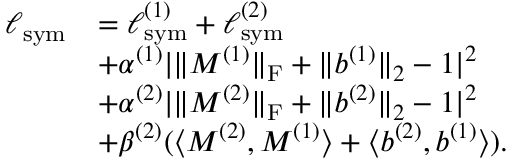
\begin{array} { r l } { \ell _ { \mathrm { s y m } } } & { = \ell _ { \mathrm { s y m } } ^ { ( 1 ) } + \ell _ { \mathrm { s y m } } ^ { ( 2 ) } } \\ & { + \alpha ^ { ( 1 ) } | \| M ^ { ( 1 ) } \| _ { \mathrm { F } } + \| b ^ { ( 1 ) } \| _ { 2 } - 1 | ^ { 2 } } \\ & { + \alpha ^ { ( 2 ) } | \| M ^ { ( 2 ) } \| _ { \mathrm { F } } + \| b ^ { ( 2 ) } \| _ { 2 } - 1 | ^ { 2 } } \\ & { + \beta ^ { ( 2 ) } ( \langle M ^ { ( 2 ) } , M ^ { ( 1 ) } \rangle + \langle b ^ { ( 2 ) } , b ^ { ( 1 ) } \rangle ) . } \end{array}